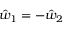
\hat { w } _ { 1 } = - \hat { w } _ { 2 }